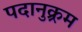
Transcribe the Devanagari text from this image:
पदानुक्र्रम